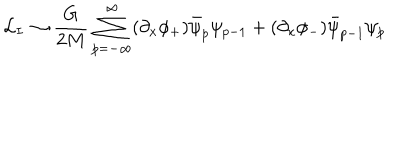
{ \cal L } _ { I } \rightarrow \frac { G } { 2 M } \sum _ { p = - \infty } ^ { \infty } ( \partial _ { x } \phi _ { + } ) \bar { \psi } _ { p } \psi _ { p - 1 } + ( \partial _ { x } \phi _ { - } ) \bar { \psi } _ { p - 1 } \psi _ { p }